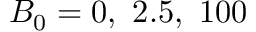
B _ { 0 } = 0 , \ 2 . 5 , \ 1 0 0